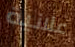
علانية